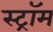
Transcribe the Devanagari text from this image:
स्ट्रॉम